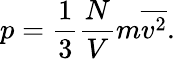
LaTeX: p={\frac{1}{3}}{\frac{N}{V}}m{\overline{{v^{2}}}}.